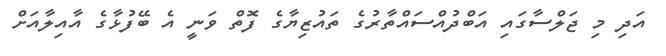
އަދި މި ޖަލްސާގައި އަބްދުއްސައްތާރުގެ ތައުޒިޔާގެ ފޮތް ވަނީ އެ ބޭފުޅާގެ އާއިލާއަށް